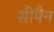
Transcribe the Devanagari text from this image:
सीपैन